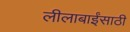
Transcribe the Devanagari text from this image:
लीलाबाईंसाठी